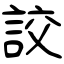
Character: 詨